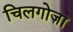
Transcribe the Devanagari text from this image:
चिलगोज़ा